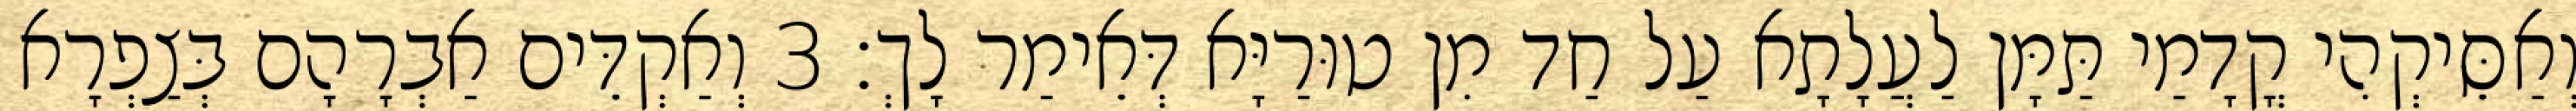
וְאַסֵּיקְהִי קֳדָמַי תַּמָּן לַעֲלָתָא עַל חַד מִן טוּרַיָּא דְּאֵימַר לָךְ׃ 3 וְאַקְדֵּים אַבְרָהָם בְּצַפְרָא